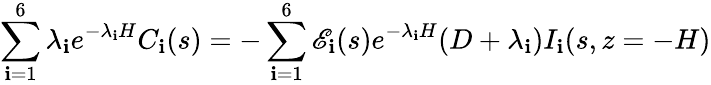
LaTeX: \sum_{\mathbf{i}=1}^{6}\lambda_{\mathbf{i}}e^{-\lambda_{\mathbf{i}}H}C_{\mathbf{i}}(s)=-\sum_{\mathbf{i}=1}^{6}\mathscr{{E}}_{\mathbf{i}}(s)e^{-\lambda_{\mathbf{i}}H}(D+\lambda_{\mathbf{i}})I_{\mathbf{i}}(s,z=-H)